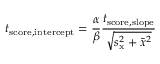
t _ { \mathrm { s c o r e , i n t e r c e p t } } = { \frac { \alpha } { \beta } } { \frac { t _ { \mathrm { s c o r e , s l o p e } } } { \sqrt { s _ { \mathrm { x } } ^ { 2 } + { \bar { x } } ^ { 2 } } } }